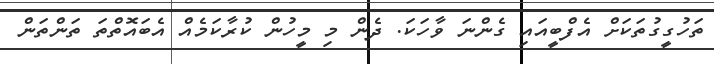
ތަހުގީގުތަކަށް އެފްބީއައި ގެންނަ ވާހަކަ. ދެން މި މީހުން ކުރާކަމެއް އެބައޮތްތަ ތަންތަން